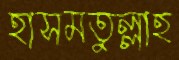
হাসমতুল্লাহ